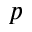
p